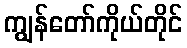
ကျွန်တော်ကိုယ်တိုင်